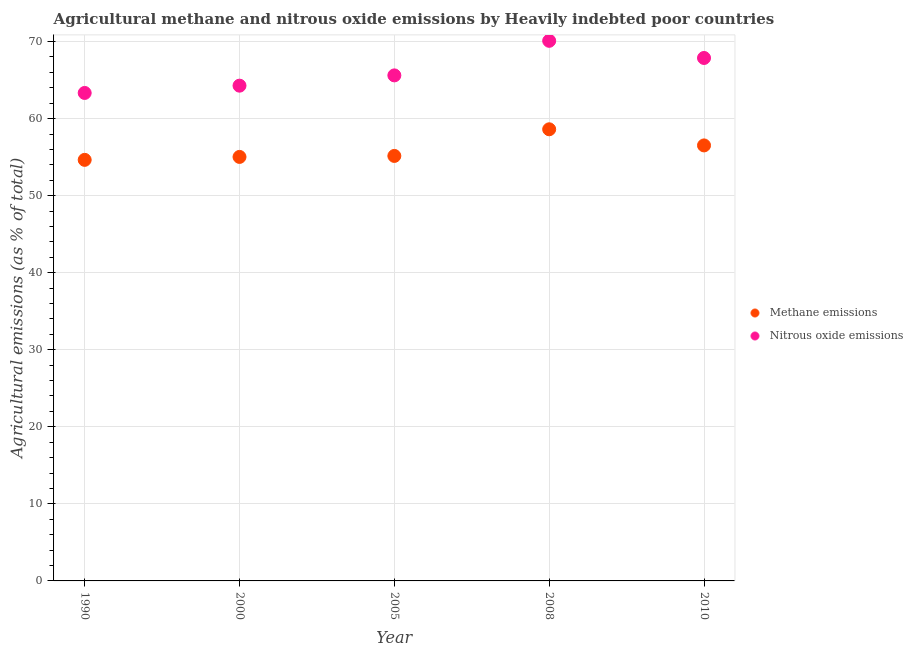
| Year | Methane emissions | Nitrous oxide emissions |
 | --- | --- | --- |
 | 1990 | 54.6 | 63.3 |
 | 2000 | 55 | 64.3 |
 | 2005 | 55.2 | 65.6 |
 | 2008 | 58.6 | 70.1 |
 | 2010 | 56.5 | 67.9 |